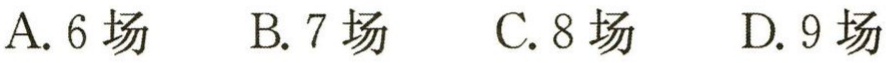
A. 6场  B. 7场  C. 8场  D. 9场